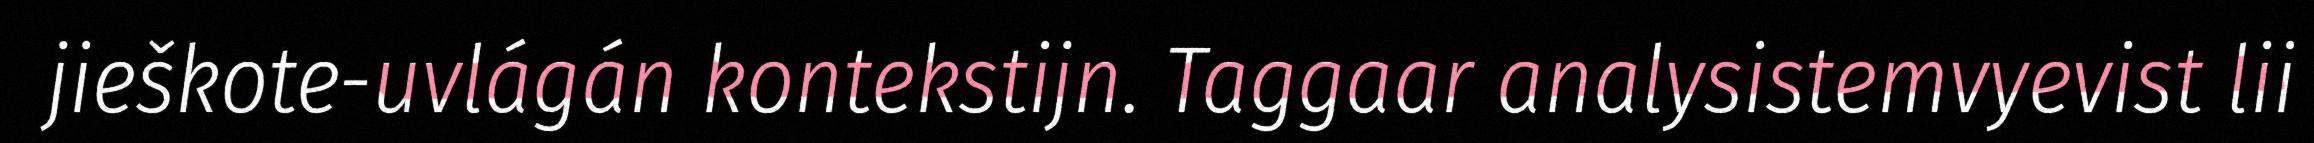
jieškote-uvlágán kontekstijn. Taggaar analysistemvyevist lii